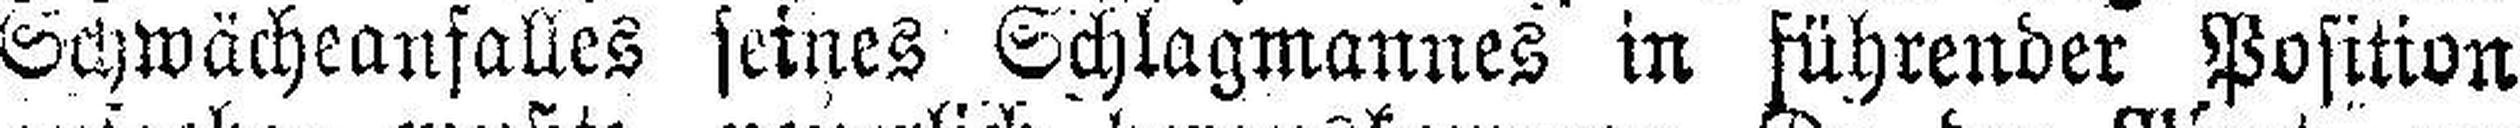
Schwächeanfalles seines Schlagmannes in führender Position